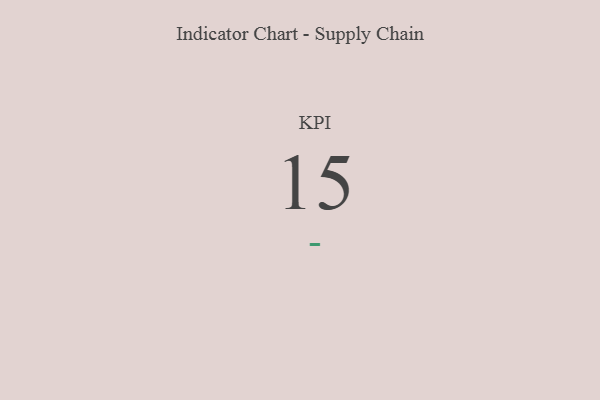
{"axis": {"x": "KPI", "y": "Value"}, "legend": [""], "data": [{"x": "KPI", "y": 15, "type": ""}]}